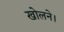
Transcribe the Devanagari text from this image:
खोलने।